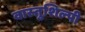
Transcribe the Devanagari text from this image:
वास्‍तुशिल्‍पी